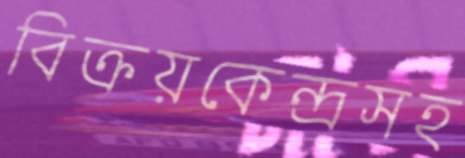
বিক্রয়কেন্দ্রসহ